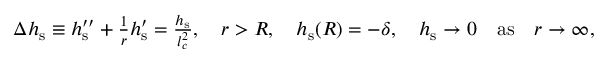
\begin{array} { r } { \Delta h _ { \mathrm { s } } \equiv h _ { \mathrm { s } } ^ { \prime \prime } + \frac { 1 } { r } h _ { \mathrm { s } } ^ { \prime } = \frac { h _ { \mathrm { s } } } { l _ { c } ^ { 2 } } , \quad r > R , \quad h _ { \mathrm { s } } ( R ) = - \delta , \quad h _ { \mathrm { s } } \rightarrow 0 \quad \mathrm { a s } \quad r \rightarrow \infty , } \end{array}